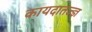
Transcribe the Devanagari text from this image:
कायदातज्ज्ञ